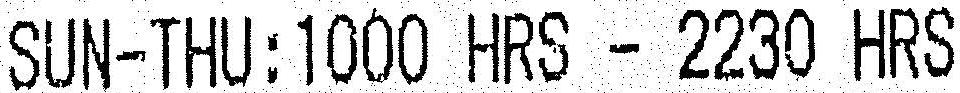
SUN-THU:1000 HRS - 2230 HRS